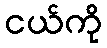
ငယ်ကို